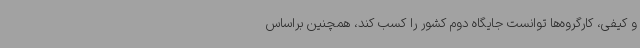
و کیفی، کارگروه‌ها توانست جایگاه دوم کشور را کسب کند، همچنین براساس